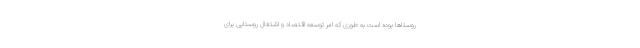
روستاها بوده است به طوری که امر توسعه اقتصاد و اشتغال روستایی برای